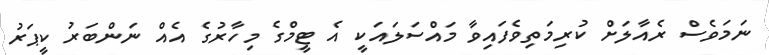
ނަމަވެސް ރެއާލަށް ކުރިމަތިވެފައިވާ މައްސަލައަކީ އެ ޓީމްގެ މިހާރުގެ އެއް ނަންބަރު ކީޕަރު